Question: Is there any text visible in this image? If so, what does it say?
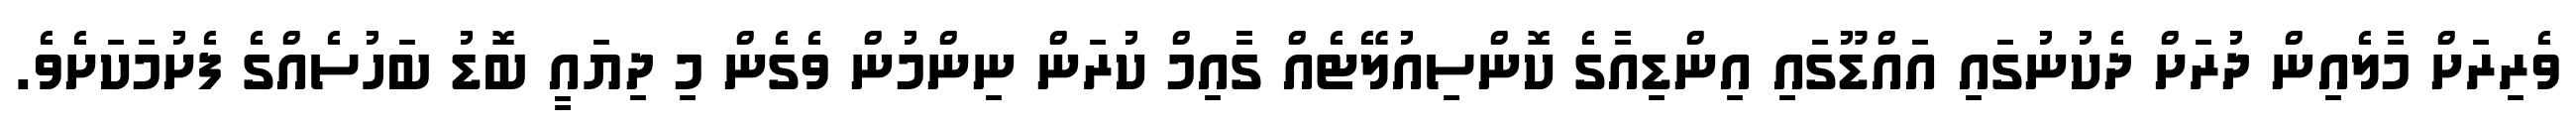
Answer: ވެރިރަށް މާލެއިން ދުރަށް ދެކުނުގައި އައްޑޫގައި އިންޑިއާގެ ކޮންސިއުލޭޓެއް ގާއިމް ކުރަން ނިންމުން ވެގެން މި ދިޔައީ ބޮޑު ބަހުސެއްގެ ފެށުމަކަށެވެ.